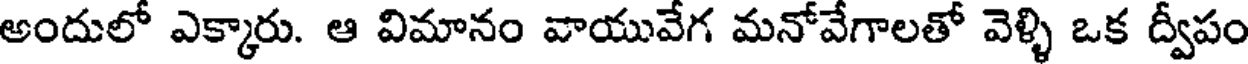
అందులో ఎక్కారు. ఆ విమానం వాయువేగ మనోవేగాలతో వెళ్ళి ఒక ద్వీపం